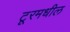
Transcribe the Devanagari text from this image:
टूरमधील